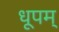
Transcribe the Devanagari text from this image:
धूपम्‌